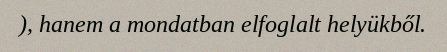
), hanem a mondatban elfoglalt helyükből.